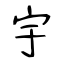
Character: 宇